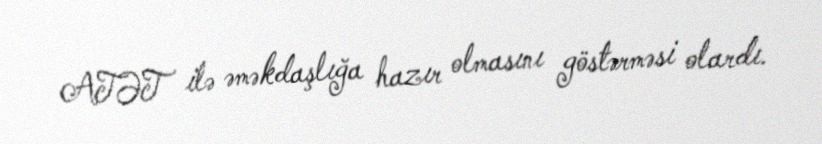
ATƏT ilə əməkdaşlığa hazır olmasını göstərməsi olardı.